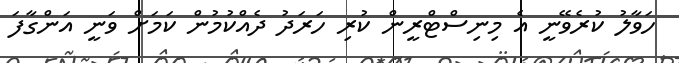
ހަވާލު ކުރެވޭނީ އެ މިނިސްޓްރީން ކުރި ހަރަދު ދެއްކުމުން ކަމަށް ވަނީ އަންގާފަ